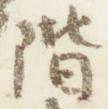
階